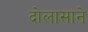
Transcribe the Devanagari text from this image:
दोलासाने